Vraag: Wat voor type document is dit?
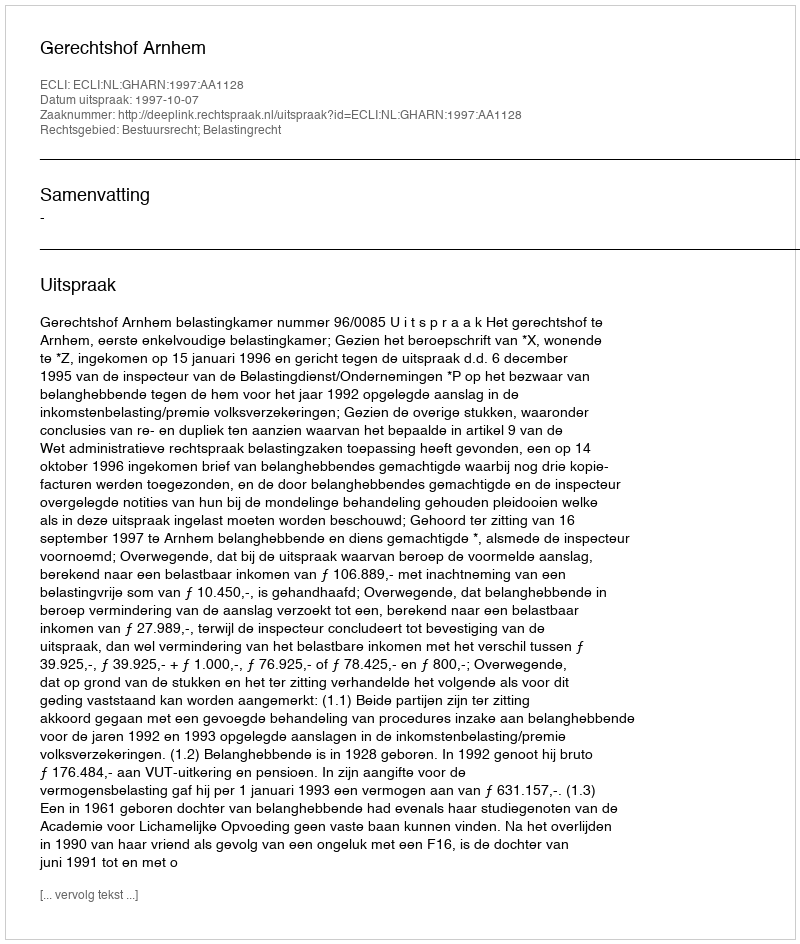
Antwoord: Uitspraak